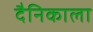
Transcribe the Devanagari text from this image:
दैनिकाला